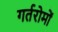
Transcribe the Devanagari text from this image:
गर्तरोमों